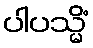
ပါပသ္မိံ